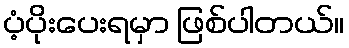
ပံ့ပိုးပေးရမှာ ဖြစ်ပါတယ်။